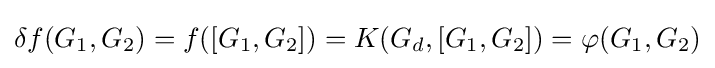
\delta f(G_{1},G_{2})=f([G_{1},G_{2}])=K(G_{d},[G_{1},G_{2}])=\varphi (G_{1},G_{2})